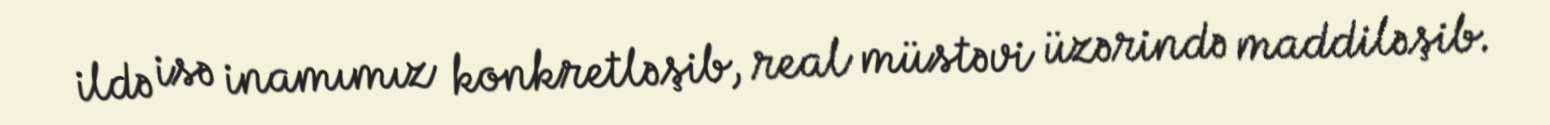
ildə isə inamımız konkretləşib, real müstəvi üzərində maddiləşib.